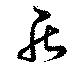
罷